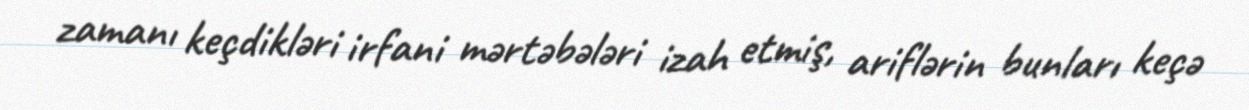
zamanı keçdikləri irfani mərtəbələri izah etmiş, ariflərin bunları keçə